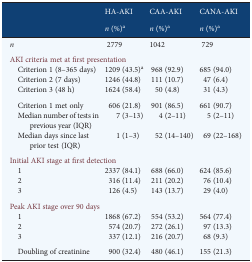
| <ROWSPAN=2>  | HA-AKI | CAA-AKI | CANA-AKI |
 | n (%)a | n (%)a | n (%)a |
 | --- | --- | --- | --- |
 | n | 2779 | 1042 | 729 |
 | <COLSPAN=4> AKI criteria met at first presentation |
 | Criterion 1 (8–365 days) | 1209 (43.5)a | 968 (92.9) | 685 (94.0) |
 | Criterion 2 (7 days) | 1246 (44.8) | 111 (10.7) | 47 (6.4) |
 | Criterion 3 (48 h) | 1624 (58.4) | 50 (4.8) | 31 (4.3) |
 | Criterion 1 met only | 606 (21.8) | 901 (86.5) | 661 (90.7) |
 | Median number of tests in previous year (IQR) | 7 (3–13) | 4 (2–11) | 5 (2–11) |
 | Median days since last prior test (IQR) | 1 (1–3) | 52 (14–140) | 69 (22–168) |
 | <COLSPAN=4> Initial AKI stage at first detection |
 | 1 | 2337 (84.1) | 688 (66.0) | 624 (85.6) |
 | 2 | 316 (11.4) | 211 (20.2) | 76 (10.4) |
 | 3 | 126 (4.5) | 143 (13.7) | 29 (4.0) |
 | <COLSPAN=4> Peak AKI stage over 90 days |
 | 1 | 1868 (67.2) | 554 (53.2) | 564 (77.4) |
 | 2 | 574 (20.7) | 272 (26.1) | 97 (13.3) |
 | 3 | 337 (12.1) | 216 (20.7) | 68 (9.3) |
 | Doubling of creatinine | 900 (32.4) | 480 (46.1) | 155 (21.3) |